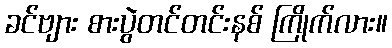
ခင်ဗျား စားပွဲတင်တင်းနစ် ကြိုက်လား။